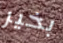
بخير